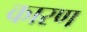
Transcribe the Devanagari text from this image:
कारण